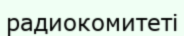
радиокомитеті